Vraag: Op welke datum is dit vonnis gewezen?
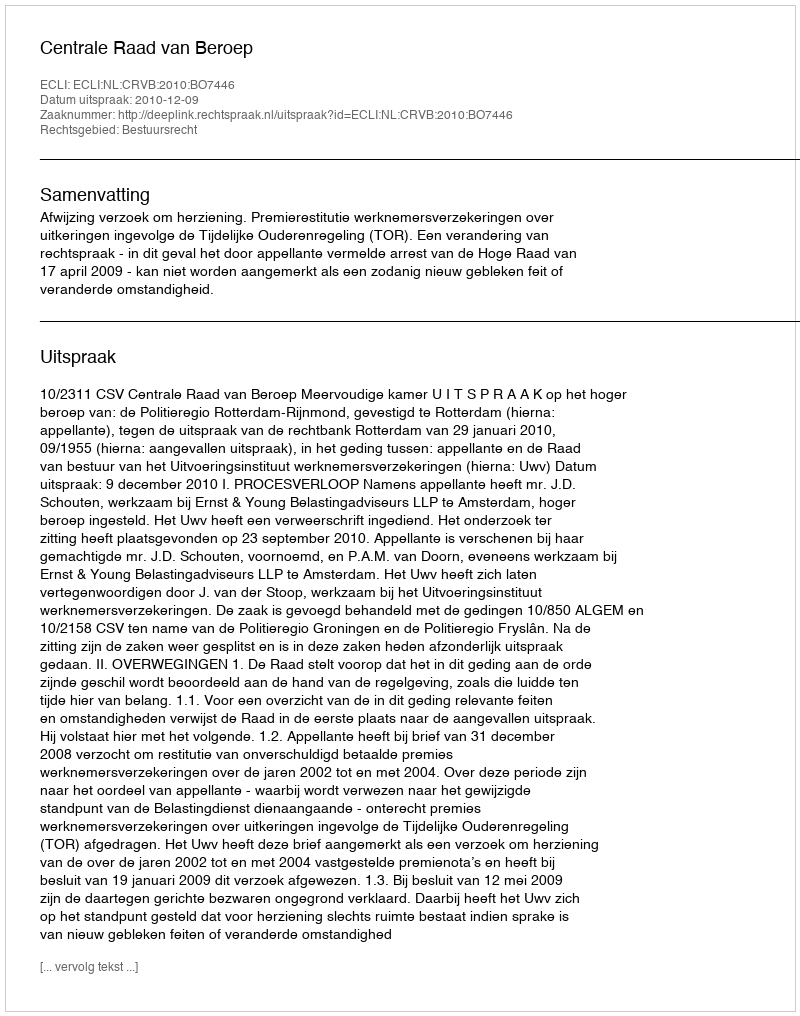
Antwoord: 2010-12-09